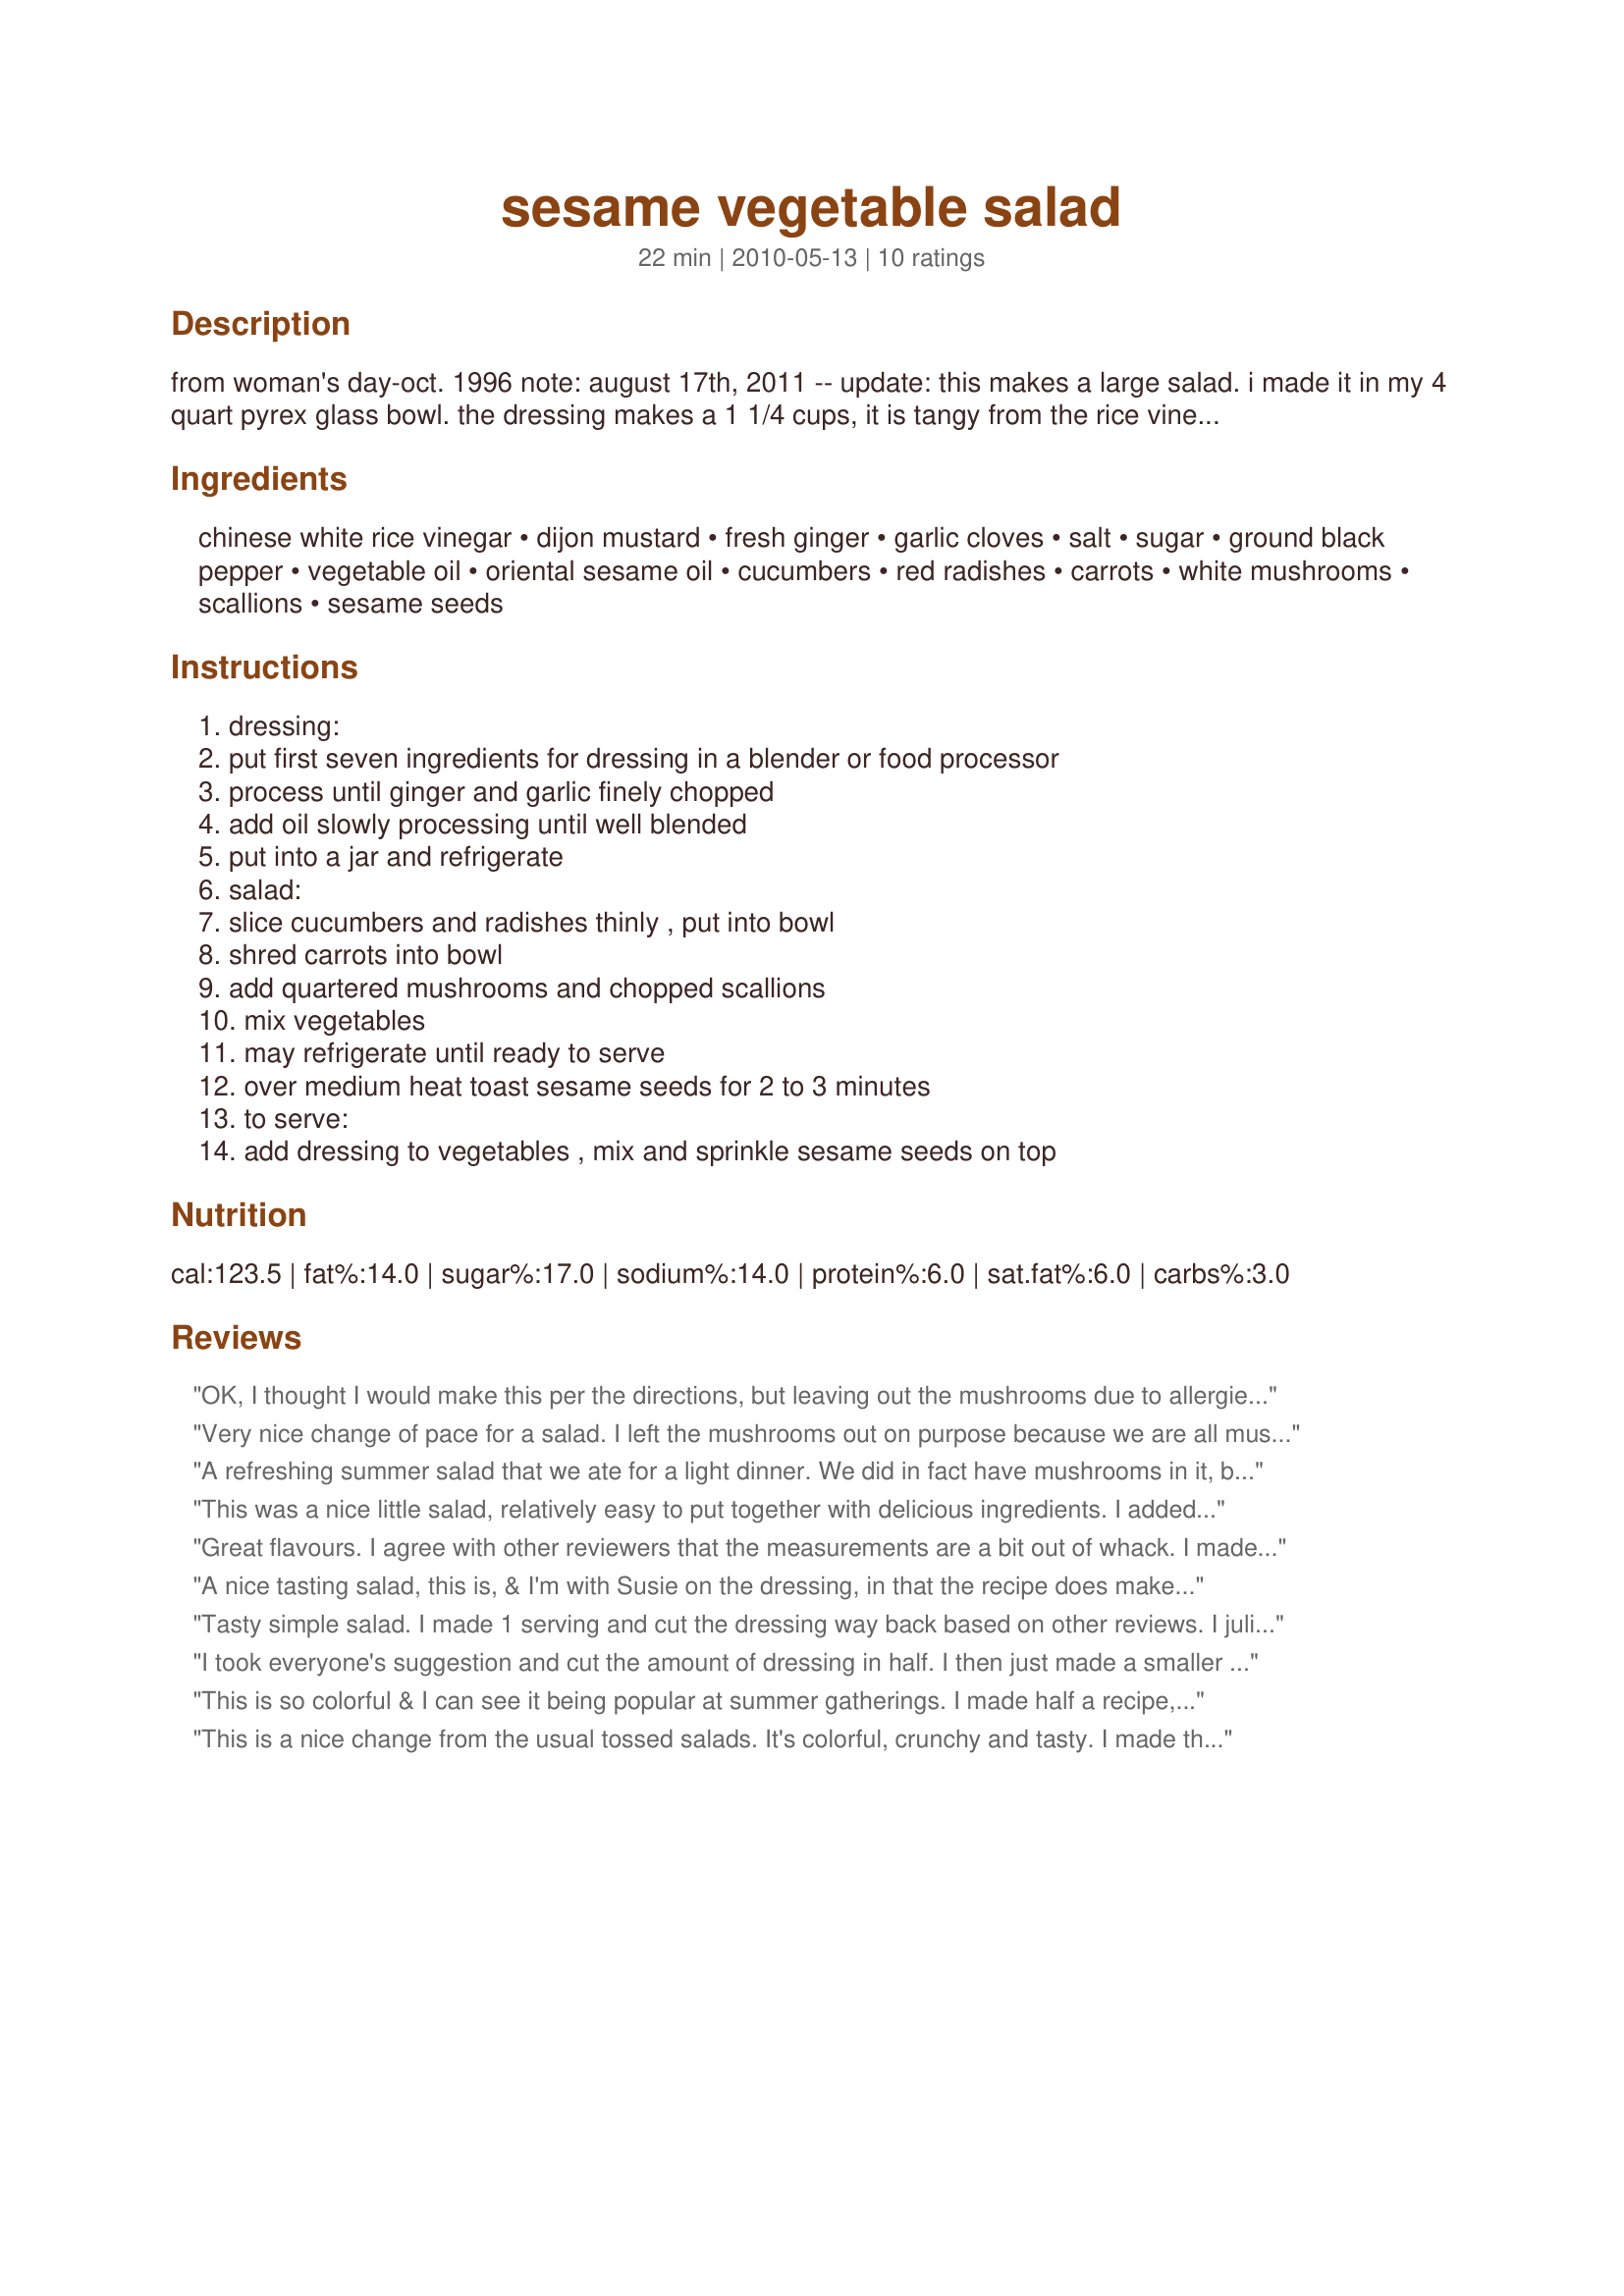
sesame vegetable salad
Preparation time: 22 minutes

from woman's day-oct. 1996

note: august 17th, 2011 -- update: this makes a large salad. i made it in my 4 quart pyrex glass bowl. the dressing makes a 1 1/4 cups, it is tangy from the rice vinegar and has a mustardy, sesame flavor. i made the dressing 3 hours before serving and put in the refrigerator to chill. added dressing to salad just before serving. my family really enjoyed this and loved the flavors.

Ingredients:
chinese white rice vinegar, dijon mustard, fresh ginger, garlic cloves, salt, sugar, ground black pepper, vegetable oil, oriental sesame oil, cucumbers, red radishes, carrots, white mushrooms, scallions, sesame seeds

Steps:
dressing:, put first seven ingredients for dressing in a blender or food processor, process until ginger and garlic finely chopped, add oil slowly processing until well blended, put into a jar and refrigerate, salad:, slice cucumbers and radishes thinly , put into bowl, shred carrots into bowl, add quartered mushrooms and chopped scallions, mix vegetables, may refrigerate until ready to serve, over medium heat toast sesame seeds for 2 to 3 minutes, to serve:, add dressing to vegetables , mix and sprinkle sesame seeds on top

Reviews:
OK, I thought I would make this per the directions, but leaving out the mushrooms due to allergies. I should have followed the other reviewer and made MUCH less dressing, especially with 1# of mushrooms missing from the recipe. However, the salad itself was very tasty and when very well with Recipe #392907 and some rice. Thnx for posting your recipe, MomLuvs6. Made for the Voracious Vagabonds of ZWT 6.
Very nice change of pace for a salad. I left the mushrooms out on purpose because we are all mushroomed out (had gigantic stuffed mushrooms yesterday). This would also be good served over a bed of lettuce. Made for ZWT #6 for ZINGO.
A refreshing summer salad that we ate for a light dinner. We did in fact have mushrooms in it, but I forgot them in the strainer until I'd photographed & we started eating. DS point at the counter & asked what they were for. lol - So we tossed them into our bowls at that time & I didn't bother to make up another plate for photos. The dressing is very tangy but the flavors melded quite a bit while in the fridge so I don't think I'd change anything except the overall amounts. I'll probably half the recipe next time, as DH works too late to eat dinner with us anymore so I didn't combine the dressing with the veggies in the main bowl. DS & I simply poured it onto our salads in the serving bowls. The toasted sesame seeds are a must, as they also go a long way toward mellowing the tang of the rice vinegar. We really enjoyed this recipe! I used a mandolin to slice the radishes & cucumbers quickly; I used pre-matchsticked carrots & sliced the mushrooms & scallions by hand. Thanks for another great recipe, ML6! Made & enjoyed for ZWT-6 Team Xtra Hot Dishes! :)
This was a nice little salad, relatively easy to put together with delicious ingredients. I added more mushrooms and radishes as I only had one carrot that was work using. Made for ZWT6
Great flavours. I agree with other reviewers that the measurements are a bit out of whack. I made 1/3 of the salad and 1/8 of the dressing, and that was almost perfect for two for lunch. I did cut back on the mushroom, using only about an ounce, which seemed a good balance. Loved the use of sesame -- both the oil and the seeds. Thanks.
A nice tasting salad, this is, & I'm with Susie on the dressing, in that the recipe does make a lot! However, I held back a good portion of it & used the extra to marinade & baste a couple of chicken breasts ~ Very nice there, too! With dishes like this salad, I don't mind including the mushrooms, 'cause I enjoy them most of all when they're raw (or ever so slightly cooked)! Thanks for sharing this wonderful recipe! [Made & reviewed for ZWT6 during Zingo]
Tasty simple salad. I made 1 serving and cut the dressing way back based on other reviews. I julienned my carrot rather than grating it, but made as directed otherwise. Thanks MomLuvs6 for a nice lunch. Made by an Unruly Under the Influence for ZWT6 Zingo.
I took everyone's suggestion and cut the amount of dressing in half. I then just made a smaller salad using about 1/2 a cucumber, 4 radishes, and 5 mushrooms. I then just put on enough dressing to wet the salad nicely. While it was a fine side-dish, I found the dressing to be too mustardy (and I didn't even put as much as it called for) so I added more oil when mellowed the flavors, then I added a little extra sugar. Thanks for sharing, MomLuvs6! Made for ZWT6 for ZINGO for Team SSaSSy.
This is so colorful & I can see it being popular at summer gatherings. I made half a recipe, julienned the carrots on a mandoline, added slivers of green pepper, & doubled the radishes. The dressing, while flavorful, makes tons. Next time I will reduce the amounts further so that the veggies are lightly coated instead of swimming in dressing. Thank you for sharing the recipe! Made for ZWT6 ~Asia.
This is a nice change from the usual tossed salads. It's colorful, crunchy and tasty. I made this exactly according to the recipe. Loved the dressing. Thanx!
